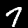
Digit: 7